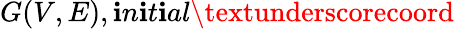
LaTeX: G(V,E),\mathbf{i}n\mathbf{i}t\mathbf{i}al\textunderscorecoord